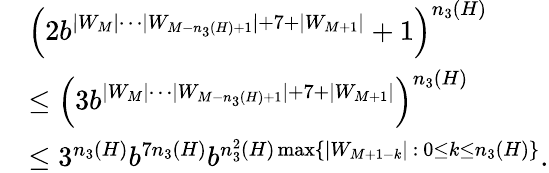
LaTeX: \begin{array}{rl}&{\left(2b^{|W_{M}|\cdots|W_{M-n_{3}(H)+1}|+7+|W_{M+1}|}+1\right)^{n_{3}(H)}}\\ &{\leq\left(3b^{|W_{M}|\cdots|W_{M-n_{3}(H)+1}|+7+|W_{M+1}|}\right)^{n_{3}(H)}}\\ &{\leq 3^{n_{3}(H)}b^{7n_{3}(H)}b^{n_{3}^{2}(H)\operatorname*{max}\left\{ |W_{M+1-k}|\ :\ 0\leq k\leq n_{3}(H)\right\} }.}\end{array}